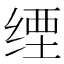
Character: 𦈑